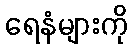
ရေနံများကို